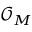
{ \mathcal { O } } _ { M }